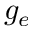
g _ { e }